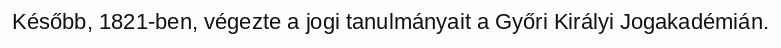
Később, 1821-ben, végezte a jogi tanulmányait a Győri Királyi Jogakadémián.